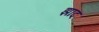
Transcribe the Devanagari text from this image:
झाद